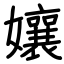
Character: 孃